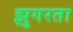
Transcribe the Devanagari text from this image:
झुगरता